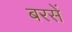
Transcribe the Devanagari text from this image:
बरसें